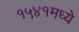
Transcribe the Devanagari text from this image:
१५४१मध्ये